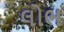
લોભ